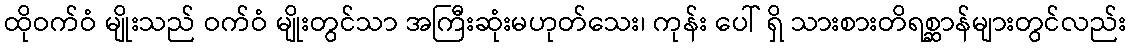
ထိုဝက်ဝံ မျိုးသည် ဝက်ဝံ မျိုးတွင်သာ အကြီးဆုံးမဟုတ်သေး၊ ကုန်း ပေါ် ရှိ သားစားတိရစ္ဆာန်များတွင်လည်း